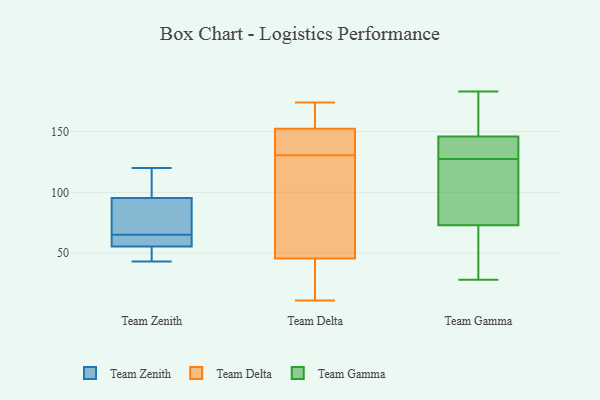
{"axis": {"x": "Customer Acquisition Cost (USD)", "y": "Value"}, "legend": ["Team Delta", "Team Gamma", "Team Zenith"], "data": [{"x": "", "y": 89, "type": "Team Zenith"}, {"x": "", "y": 93, "type": "Team Zenith"}, {"x": "", "y": 57, "type": "Team Zenith"}, {"x": "", "y": 58, "type": "Team Zenith"}, {"x": "", "y": 43, "type": "Team Zenith"}, {"x": "", "y": 102, "type": "Team Zenith"}, {"x": "", "y": 58, "type": "Team Zenith"}, {"x": "", "y": 115, "type": "Team Zenith"}, {"x": "", "y": 77, "type": "Team Zenith"}, {"x": "", "y": 120, "type": "Team Zenith"}, {"x": "", "y": 46, "type": "Team Zenith"}, {"x": "", "y": 51, "type": "Team Zenith"}, {"x": "", "y": 65, "type": "Team Zenith"}, {"x": "", "y": 148, "type": "Team Delta"}, {"x": "", "y": 153, "type": "Team Delta"}, {"x": "", "y": 139, "type": "Team Delta"}, {"x": "", "y": 40, "type": "Team Delta"}, {"x": "", "y": 160, "type": "Team Delta"}, {"x": "", "y": 12, "type": "Team Delta"}, {"x": "", "y": 11, "type": "Team Delta"}, {"x": "", "y": 51, "type": "Team Delta"}, {"x": "", "y": 174, "type": "Team Delta"}, {"x": "", "y": 12, "type": "Team Delta"}, {"x": "", "y": 62, "type": "Team Delta"}, {"x": "", "y": 112, "type": "Team Delta"}, {"x": "", "y": 134, "type": "Team Delta"}, {"x": "", "y": 127, "type": "Team Delta"}, {"x": "", "y": 162, "type": "Team Delta"}, {"x": "", "y": 152, "type": "Team Delta"}, {"x": "", "y": 139, "type": "Team Gamma"}, {"x": "", "y": 183, "type": "Team Gamma"}, {"x": "", "y": 28, "type": "Team Gamma"}, {"x": "", "y": 124, "type": "Team Gamma"}, {"x": "", "y": 151, "type": "Team Gamma"}, {"x": "", "y": 73, "type": "Team Gamma"}, {"x": "", "y": 76, "type": "Team Gamma"}, {"x": "", "y": 131, "type": "Team Gamma"}, {"x": "", "y": 146, "type": "Team Gamma"}, {"x": "", "y": 70, "type": "Team Gamma"}]}